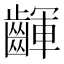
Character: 齳